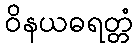
ဝိနယဓရတ္တံ